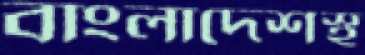
বাংলাদেশস্থ